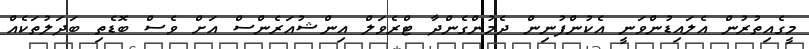
މީގެއިތުރުން އެލައިޑުންވަނީ އެކުންފުނިން ދެމުންގެންދާ ޓްރެވަލް އިންޝުއަރެންސް އަށް ވެސް ބޮޑެތި ބަދަލުތަކެއް